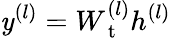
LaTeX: \mathit y^{(l)}=W_{\mathrm{~t~}}^{(l)}{h^{(l)}}